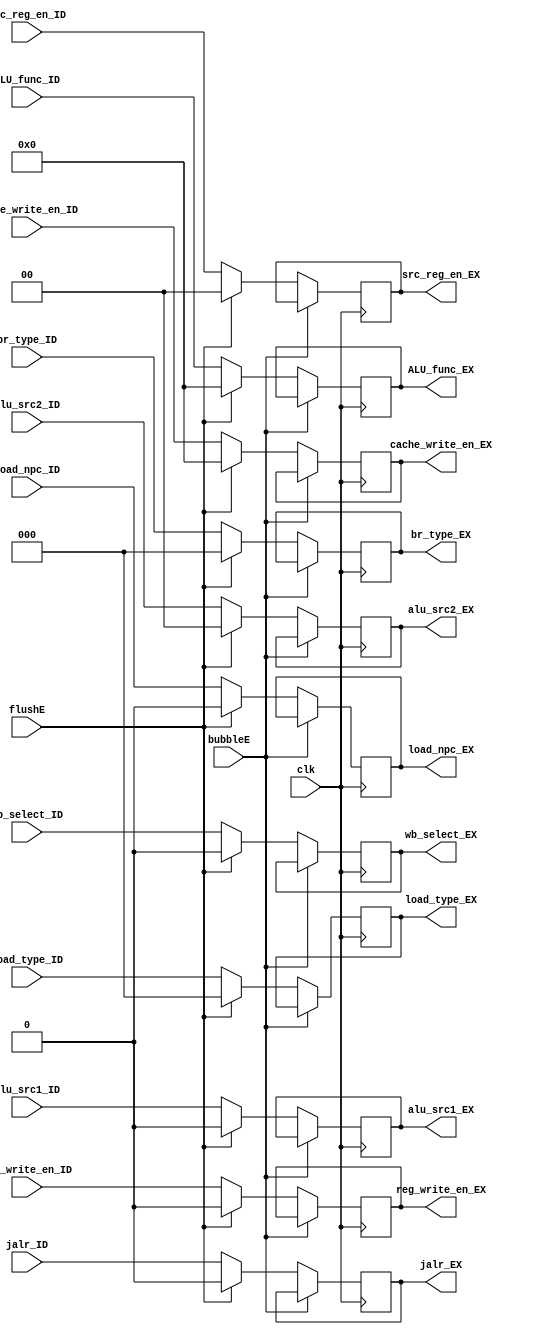
`timescale 1ns / 1ps
//////////////////////////////////////////////////////////////////////////////////
// Company: USTC ESLAB
// 
// Design Name: RV32I Core
// Module Name: Control Signal Seg Reg
// Tool Versions: Vivado 2017.4.1
// Description: Control signal seg reg for ID\EX
// 
//////////////////////////////////////////////////////////////////////////////////


//  
    // ID\EX?
// 
    // clk                  
    // jalr_ID              jalr
    // ALU_func_ID          ALU?
    // br_type_ID           branchbranch
    // load_npc_ID          PC?ALU?
    // wb_select_ID         Cache?ALU?
    // load_type_ID         load
    // src_reg_en_ID        src reg?
    // reg_write_en_ID      
    // cache_write_en_ID    data cache
    // alu_src1_ID          alu?1alu_src1 == 0reg1alu_src1 == 1PC
    // alu_src2_ID          alu?2alu_src2 == 2b00reg2alu_src2 == 2'b01reg2alu_src2 == 2'b10?
    // bubbleE              EXbubble
    // flushE               EXflush
// 
    // jalr_EX              jalr
    // ALU_func_EX          ALU?
    // br_type_EX           branchbranch
    // load_npc_EX          PC?ALU?
    // wb_select_EX         Cache?ALU?
    // load_type_EX         load
    // src_reg_en_EX        src reg?
    // reg_write_en_EX      
    // cache_write_en_EX    data cache
    // alu_src1_EX          alu?1
    // alu_src2_EX          alu?2

//   
    // 




module Ctrl_EX(
    input wire clk, bubbleE, flushE,
    input wire jalr_ID,
    input wire [3:0] ALU_func_ID,
    input wire [2:0] br_type_ID,
    input wire load_npc_ID,
    input wire wb_select_ID,
    input wire [2:0] load_type_ID,
    input wire [1:0] src_reg_en_ID,
    input wire reg_write_en_ID,
    input wire [3:0] cache_write_en_ID,
    input wire alu_src1_ID,
    input wire [1:0] alu_src2_ID,
    output reg jalr_EX,
    output reg [3:0] ALU_func_EX,
    output reg [2:0] br_type_EX,
    output reg load_npc_EX,
    output reg wb_select_EX,
    output reg [2:0] load_type_EX,
    output reg [1:0] src_reg_en_EX,
    output reg reg_write_en_EX,
    output reg [3:0] cache_write_en_EX,
    output reg alu_src1_EX,
    output reg [1:0] alu_src2_EX
    );

    initial 
    begin
        jalr_EX = 0;
        ALU_func_EX = 4'h0;
        br_type_EX = 3'h0;
        load_npc_EX = 0;
        wb_select_EX = 0;
        load_type_EX = 2'h0;
        src_reg_en_EX = 2'h0;
        reg_write_en_EX = 0;
        cache_write_en_EX = 3'h0;
        alu_src1_EX = 0;
        alu_src2_EX = 2'b0;
    end
    
    always@(posedge clk)
        if (!bubbleE) 
        begin
            if (flushE)
            begin
                jalr_EX <= 0;
                ALU_func_EX <= 4'h0;
                br_type_EX <= 3'h0;
                load_npc_EX <= 0;
                wb_select_EX <= 0;
                load_type_EX <= 2'h0;
                src_reg_en_EX <= 2'h0;
                reg_write_en_EX <= 0;
                cache_write_en_EX <= 3'h0;
                alu_src1_EX <= 0;
                alu_src2_EX <= 2'b0;
            end
            else
            begin
                jalr_EX <= jalr_ID;
                ALU_func_EX <= ALU_func_ID;
                br_type_EX <= br_type_ID;
                load_npc_EX <= load_npc_ID;
                wb_select_EX <= wb_select_ID;
                load_type_EX <= load_type_ID;
                src_reg_en_EX <= src_reg_en_ID;
                reg_write_en_EX <= reg_write_en_ID;
                cache_write_en_EX <= cache_write_en_ID;
                alu_src1_EX <= alu_src1_ID;
                alu_src2_EX <= alu_src2_ID;
            end
        end
    
endmodule